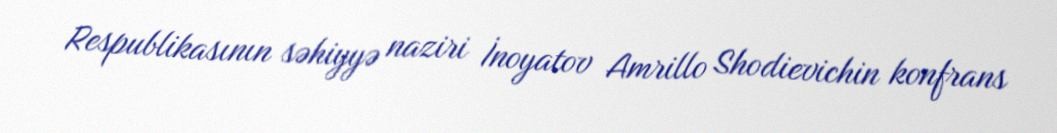
Respublikasının səhiyyə naziri İnoyatov Amrillo Shodievichin konfrans